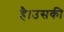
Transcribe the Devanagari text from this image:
है।उसकी